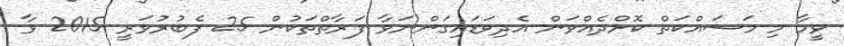
ވީމާ މި މަސައްކަތް ކޮށްދެއްވަން އެދިވަޑައިގަންނަވާ ފަރާތްތަކުން 25 ފެބުރުވަރީ 2015 ވާ